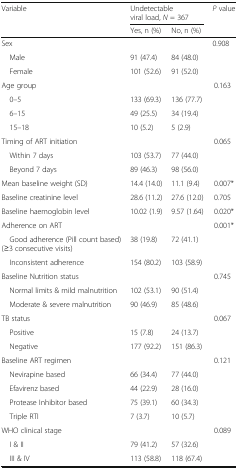
| <ROWSPAN=2> Variable | <COLSPAN=2> Undetectable viral load, N = 367 | <ROWSPAN=2> P value |
 | Yes, n (%) | No, n (%) |
 | --- | --- | --- | --- |
 | Sex |  |  | 0.908 |
 | Male | 91 (47.4) | 84 (48.0) |  |
 | Female | 101 (52.6) | 91 (52.0) |  |
 | Age group |  |  | 0.163 |
 | 0–5 | 133 (69.3) | 136 (77.7) |  |
 | 6–15 | 49 (25.5) | 34 (19.4) |  |
 | 15–18 | 10 (5.2) | 5 (2.9) |  |
 | Timing of ART initiation |  |  | 0.065 |
 | Within 7 days | 103 (53.7) | 77 (44.0) |  |
 | Beyond 7 days | 89 (46.3) | 98 (56.0) |  |
 | Mean baseline weight (SD) | 14.4 (14.0) | 11.1 (9.4) | 0.007* |
 | Baseline creatinine level | 28.6 (11.2) | 27.6 (12.0) | 0.705 |
 | Baseline haemoglobin level | 10.02 (1.9) | 9.57 (1.64) | 0.020* |
 | Adherence on ART |  |  | 0.001* |
 | Good adherence (Pill count based) (≥3 consecutive visits) | 38 (19.8) | 72 (41.1) |  |
 | Inconsistent adherence | 154 (80.2) | 103 (58.9) |  |
 | Baseline Nutrition status |  |  | 0.745 |
 | Normal limits & mild malnutrition | 102 (53.1) | 90 (51.4) |  |
 | Moderate & severe malnutrition | 90 (46.9) | 85 (48.6) |  |
 | TB status |  |  | 0.067 |
 | Positive | 15 (7.8) | 24 (13.7) |  |
 | Negative | 177 (92.2) | 151 (86.3) |  |
 | Baseline ART regimen |  |  | 0.121 |
 | Nevirapine based | 66 (34.4) | 77 (44.0) |  |
 | Efavirenz based | 44 (22.9) | 28 (16.0) |  |
 | Protease Inhibitor based | 75 (39.1) | 60 (34.3) |  |
 | Triple RTI | 7 (3.7) | 10 (5.7) |  |
 | WHO clinical stage |  |  | 0.089 |
 | I & II | 79 (41.2) | 57 (32.6) |  |
 | III & IV | 113 (58.8) | 118 (67.4) |  |